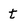
Character: t